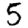
Digit: 5